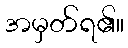
အမှတ်ရ၏။